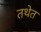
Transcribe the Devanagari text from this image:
तथेत